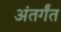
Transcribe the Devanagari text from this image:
अंतर्गंत